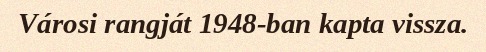
Városi rangját 1948-ban kapta vissza.